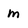
Character: m